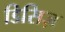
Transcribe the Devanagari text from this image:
डिसिज़